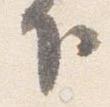
下